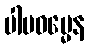
ပါပဓမ္မေန